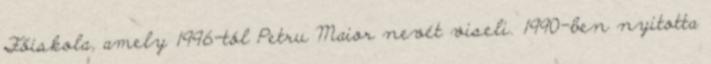
Főiskola, amely 1996-tól Petru Maior nevét viseli. 1990-ben nyitotta